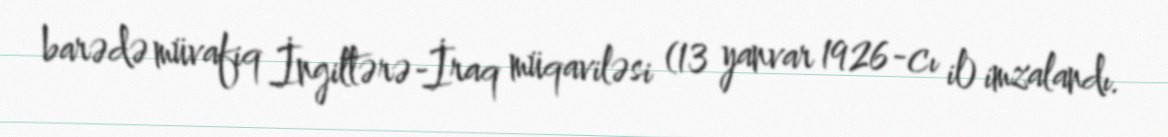
barədə müvafiq İngiltərə-İraq müqaviləsi (13 yanvar 1926-cı il) imzalandı.